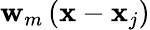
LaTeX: \mathbf{w}_{m}\left(\mathbf{{x}}-\mathbf{{x}}_{j}\right)